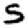
Digit: 5